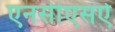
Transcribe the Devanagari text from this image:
एनसीएसऐ